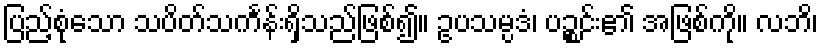
ပြည့်စုံသော သပိတ်သင်္ကန်းရှိသည်ဖြစ်၍။ ဥပသမ္ပဒံ၊ ပဉ္စင်း၏ အဖြစ်ကို။ လဘိ၊